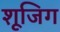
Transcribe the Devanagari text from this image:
शूजिग